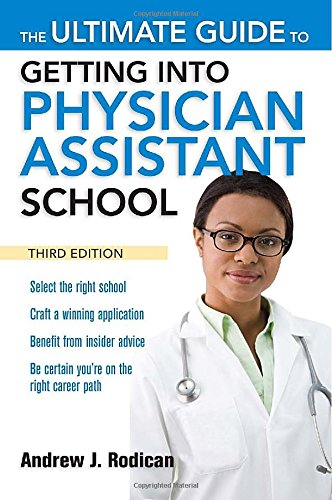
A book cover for The Ultimate Guide to Getting Into Physician Assistant School, Third Edition; Andrew J. Rodican; Medical Books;